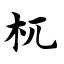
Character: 杌